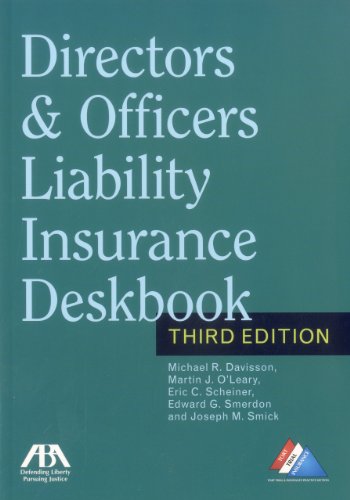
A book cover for Directors & Officers Liability Insurance Deskbook; Michael R. Davisson; Law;